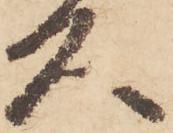
久